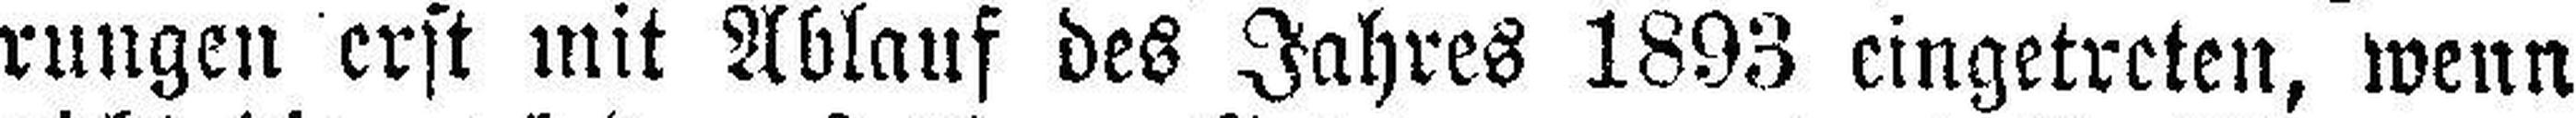
rungen erst mit Ablauf des Jahres 1893 eingetreten, wenn